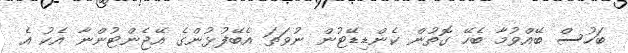
ބަހުސް ބޭއްވުމާ ބެހޭ ގޮތުން ކެންޑިޑޭޓުން ނުވަތަ އެބޭފުޅުންގެ އޭޖެންޓުންނާ އެކު އެ